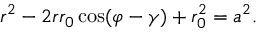
r ^ { 2 } - 2 r r _ { 0 } \cos ( \varphi - \gamma ) + r _ { 0 } ^ { 2 } = a ^ { 2 } .